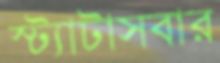
স্ট্যাটাসবার